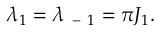
\lambda _ { 1 } = \lambda _ { \mathrm { ~ - ~ } 1 } = \pi J _ { 1 } .